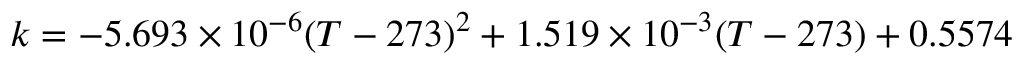
k = - 5 . 6 9 3 \times 1 0 ^ { - 6 } ( T - 2 7 3 ) ^ { 2 } + 1 . 5 1 9 \times 1 0 ^ { - 3 } ( T - 2 7 3 ) + 0 . 5 5 7 4